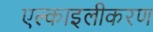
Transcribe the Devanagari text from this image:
एल्काइलीकरण